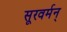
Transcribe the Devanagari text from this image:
सूरवर्मन्